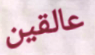
عالقين